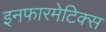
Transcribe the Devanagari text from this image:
इनफारमेटिक्स